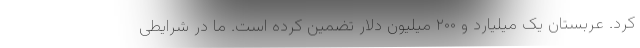
کرد. عربستان یک میلیارد و ۲۰۰ میلیون دلار تضمین کرده است. ما در شرایطی